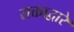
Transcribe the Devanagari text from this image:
राक्ताद्वारे